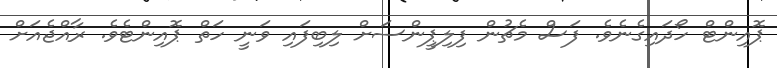
ޕޮއިންޓް ހޯދައިގެނެވެ. ފަސް މެޗުން ފިލިޕީންސަށް ލިބިފައި ވަނީ ހަތް ޕޮއިންޓެވެ. ރާއްޖެއަށް